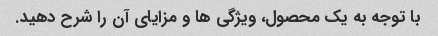
با توجه به یک محصول، ویژگی ها و مزایای آن را شرح دهید.